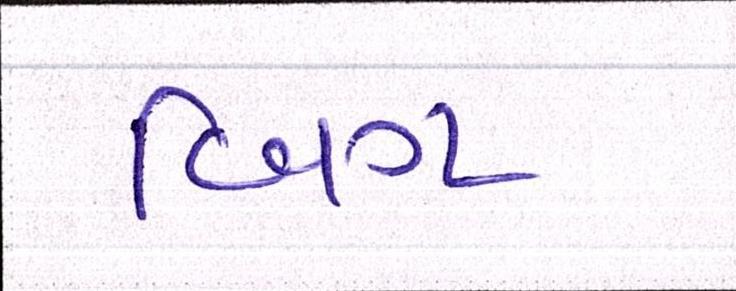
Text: બિગ